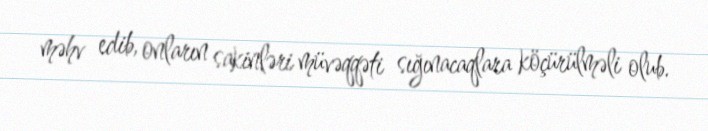
məhv edib, onların sakinləri müvəqqəti sığınacaqlara köçürülməli olub.